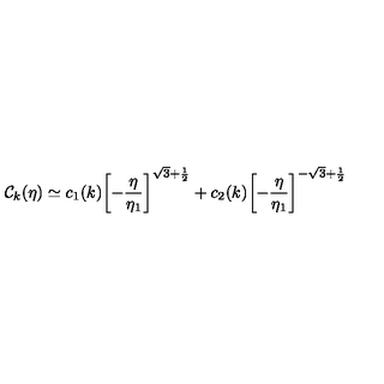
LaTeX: { \cal C } _ { k } ( \eta ) \simeq c _ { 1 } ( k ) \biggl [ - \frac { \eta } { \eta _ { 1 } } \biggr ] ^ { \sqrt { 3 } + \frac { 1 } { 2 } } + c _ { 2 } ( k ) \biggl [ - \frac { \eta } { \eta _ { 1 } } \biggr ] ^ { - \sqrt { 3 } + \frac { 1 } { 2 } }